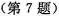
(第7题)